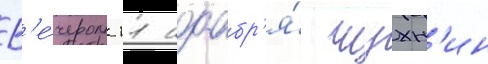
В'е́чером 11 ноабр'я́ чухн'ин